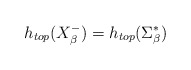
\begin{align*}h_{top}(X_{\beta }^{-})=h_{top}(\Sigma _{\beta }^{\ast }) \end{align*}